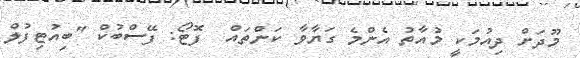
މޫދަށް ދިއުމަކީ މުއާތު އެންމެ ގަޔާވާ ކަންތައް  ފޮޓޯ: ފޭސްބުކް "ބިއުޓިފުލް